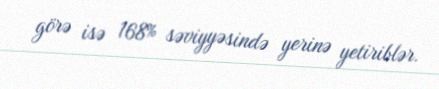
görə isə 168% səviyyəsində yerinə yetiriblər.